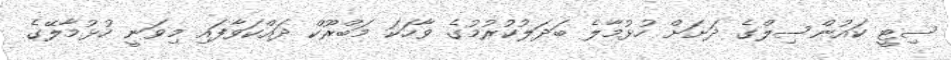
ސިޓީ ކައުންސިލްގެ ދަށަށް ހުޅުމާލެ ބަދަލުކުރުމުގެ ވާހަކަ މަބްރޫކް ދައްކަވާފައި މިވަނީ ހުޅުމާލޭގެ